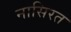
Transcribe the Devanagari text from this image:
नासिरत